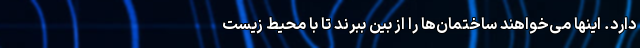
دارد. اینها می‌خواهند ساختمان‌ها را از بین ببرند تا با محیط زیست